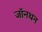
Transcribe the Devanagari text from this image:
जॉनथन